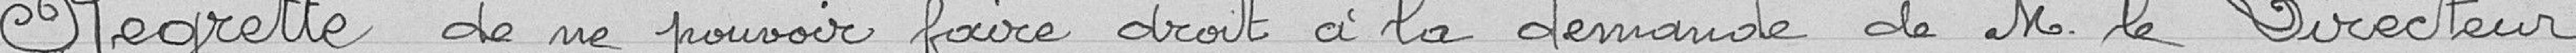
Regrette de ne pouvoir faire droit à la demande de Monsieur le Directeur